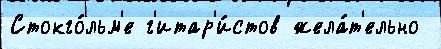
Стокго́льм'е г'итар'и́стов жела́т'ельно